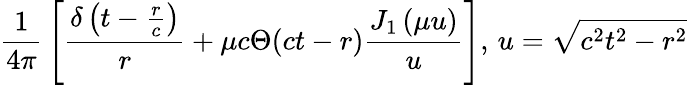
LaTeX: {\frac{1}{4\pi}}\left[{\frac{\delta\left(t-{\frac{r}{c}}\right)}{r}}+\mu c\Theta(ct-r){\frac{J_{1}\left(\mu u\right)}{u}}\right],\, u={\sqrt{c^{2}t^{2}-r^{2}}}